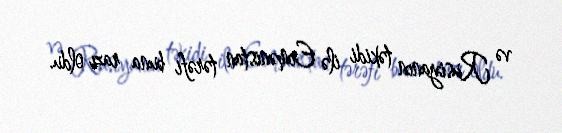
və Rusiyanın təkidi ilə Ermənistan tərəfi buna razı oldu.